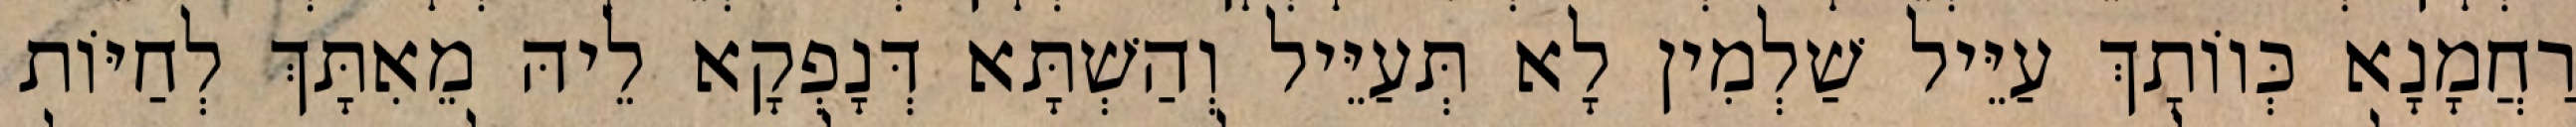
רַחֲמָנָא כְּווֹתָךְ עַיֵּיל שַׁלְמִין לָא תְּעַיֵּיל וְהַשְׁתָּא דְּנָפְקָא לֵיהּ מֵאִתָּךְ לְחַיּוֹת